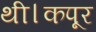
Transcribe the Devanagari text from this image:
थी।कपूर